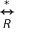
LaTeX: \overset { * } { \underset { R } { \leftrightarrow } }